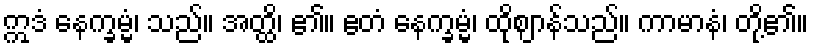
ဣဒံ နေက္ခမ္မံ၊ သည်။ အတ္ထိ၊ ၏။ ဧတံ နေက္ခမ္မံ၊ ထိုဈာန်သည်။ ကာမာနံ၊ တို့၏။